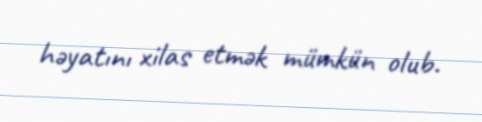
həyatını xilas etmək mümkün olub.